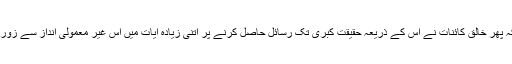
سوال یہ ہے کہ پھر خالق کائنات نے اس کے ذریعہ حقیقتِ کبریٰ تک رسائل حاصل کرنے پر اتنی زیادہ آیات میں اس غیر معمولی انداز سے زور کیوں دیا ہے؟